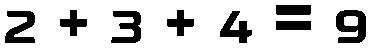
2 + 3 + 4 = 9